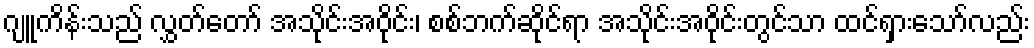
ဂျူကိန်းသည် လွှတ်တော် အသိုင်းအဝိုင်း၊ စစ်ဘက်ဆိုင်ရာ အသိုင်းအဝိုင်းတွင်သာ ထင်ရှားသော်လည်း